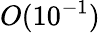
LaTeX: O(10^{-1})